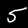
Label: 5